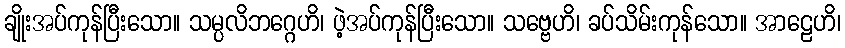
ချိုးအပ်ကုန်ပြီးသော။ သမ္ပလိဘဂ္ဂေဟိ၊ ဖဲ့အပ်ကုန်ပြီးသော။ သဗ္ဗေဟိ၊ ခပ်သိမ်းကုန်သော။ အာဠေဟိ၊